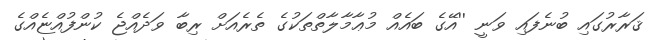
ޤަރާރުގައި ބުނެފައި ވަނީ ''އޭގެ ބައެއް މުޢާމާލާތްތަކުގެ ތެރެއަށް ރިބާ ވަދެއްޖެ ކުންފުއްޏެއްގެ